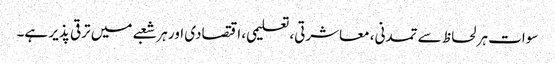
سوات ہر لحاظ سے تمدنی، معاشرتی، تعلیمی، اقتصادی اور ہر شعبے میں ترقی پذیر ہے۔